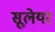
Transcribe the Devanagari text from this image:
सूलेयर